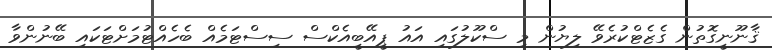
ޤާނޫނީގޮތުން ގެޒެޓްކުރެވޭ ލިޔުން މި ސްކޫލުގައި އައު ޕީއޭބީއެކްސް ސިސްޓަމެއް ބެހެއްޓުމަށްޓަކައި ބޭނުންވާ